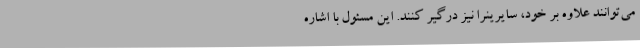
می‌توانند علاوه بر خود، سایرینرا نیز درگیر کنند. این مسئول با اشاره